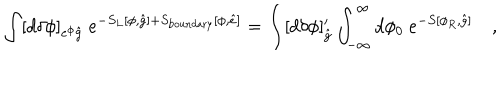
\int [ d \delta \phi ] _ { e ^ { \phi } { \hat { g } } } ~ e ^ { - S _ { L } [ \phi , { \hat { g } } ] + S _ { \mathrm { b o u n d a r y } } [ \phi , { \hat { e } } ] } = \int [ d \delta \phi ] _ { { \hat { g } } } ^ { \prime } \int _ { - \infty } ^ { \infty } d \phi _ { 0 } ~ e ^ { - S [ \phi _ { R } , { \hat { g } } ] } \quad ,